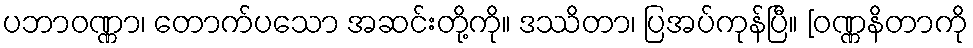
ပဘာဝဏ္ဏာ၊ တောက်ပသော အဆင်းတို့ကို။ ဒဿိတာ၊ ပြအပ်ကုန်ပြီ။ [ဝဏ္ဏနိတာကို